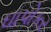
ઘાપોકર